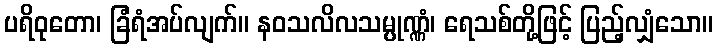
ပရိဝုတော၊ ခြံရံအပ်လျက်။ နဝသလိလသမ္ပုဏ္ဏံ၊ ရေသစ်တို့ဖြင့် ပြည့်လျှံသော။